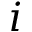
i